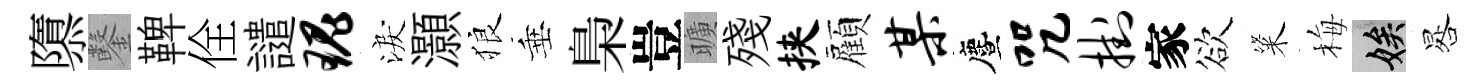
隳鑿鞞佺譴瑰淚灝狼垂梟豈曠殘挟顏某󵨌咒挂家欲粢梅娭晷